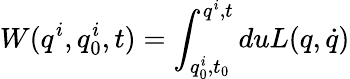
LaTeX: W(q^{i},q_{0}^{i},t)=\int_{q_{0}^{i},t_{0}}^{q^{i},t}duL(q,\dot{q})